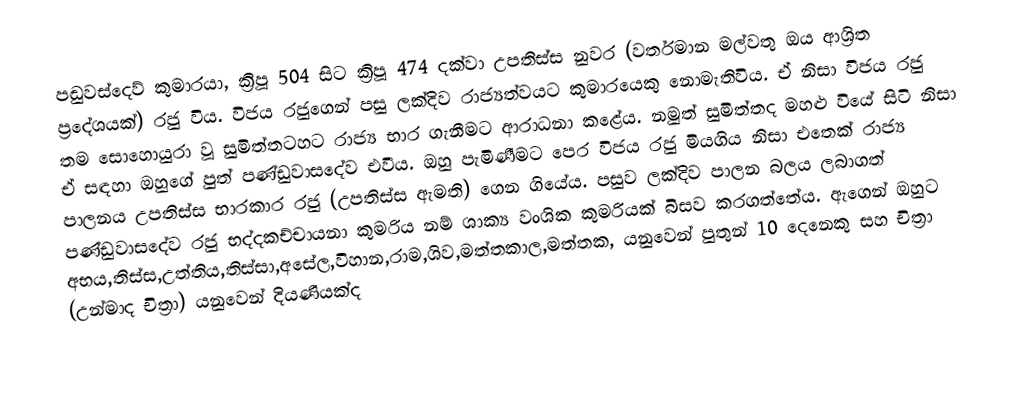
පඬුවස්දෙව් කුමාරයා, ක්‍රිපූ 504 සිට ක්‍රිපූ 474 දක්වා උපතිස්ස නුවර (වර්තමාන මල්වතු ඔය ආශ්‍රිත ප්‍රදේශයක්) රජු විය. විජය රජුගෙන් පසු ලක්දිව රාජ්‍යත්වයට කුමාරයෙකු නොමැතිවිය. ඒ නිසා විජය රජු තම සොහොයුරා වූ සුමිත්තටහට රාජ්‍ය භාර ගැනීමට ආරාධනා කළේය. නමුත් සුමිත්තද මහළු වියේ සිටි නිසා ඒ සඳහා ඔහුගේ පුත් පණ්ඩුවාසදේව එවීය. ඔහු පැමිණීමට පෙර විජය රජු මියගිය නිසා එතෙක් රාජ්‍ය පාලනය උපතිස්ස භාරකාර රජු (උපතිස්ස ඇමති) ගෙන ගියේය. පසුව ලක්දිව පාලන බලය ලබාගත් පණ්ඩුවාසදේව රජු භද්දකච්චායනා කුමරිය නම් ශාක්‍ය වංශික කුමරියක් බිසව කරගත්තේය. ඇගෙන් ඔහුට අභය,තිස්ස,උත්තිය,තිස්සා,අසේල,විහාන,රාම,ශිව,මත්තකාල,මත්තක, යනුවෙන් පුතුන් 10 දෙනෙකු සහ චිත්‍රා (උන්මාද චිත්‍රා) යනුවෙන් දියණියක්ද